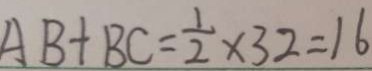
A B + B C = \frac { 1 } { 2 } \times 3 2 = 1 6